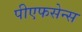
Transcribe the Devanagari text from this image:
पीएफसेन्स